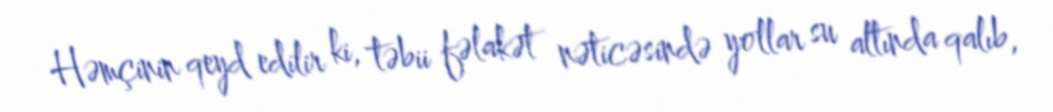
Həmçinin qeyd edilir ki, təbii fəlakət nəticəsində yollar su altında qalıb,